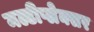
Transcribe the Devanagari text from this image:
मल्टीप्लेक्सर